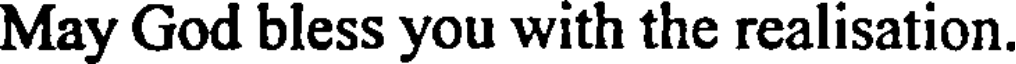
May God bless you with the realisation.